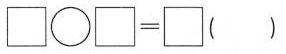
$$\Box \bigcirc \Box = \Box$$()